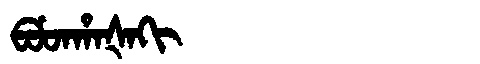
Manchu: ᠪᡠᡨᡥᠠᡧᠠᡴᡳ
Romanization: BUTHAŠAKI